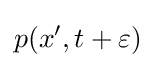
p(x',t+\varepsilon )